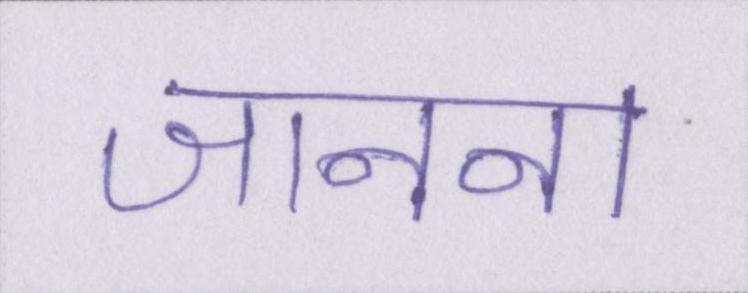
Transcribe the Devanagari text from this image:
जानना